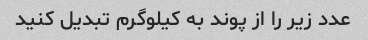
عدد زیر را از پوند به کیلوگرم تبدیل کنید